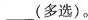
___(多选)。